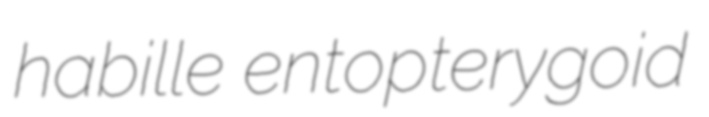
habille entopterygoid